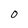
Character: O